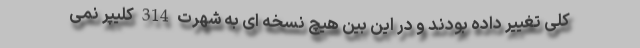
کلی تغییر داده بودند و در این بین هیچ نسخه ای به شهرت 314 کلیپر نمی